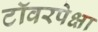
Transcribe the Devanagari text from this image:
टॉवरपेक्षा